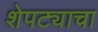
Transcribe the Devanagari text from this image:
शेपट्याचा